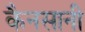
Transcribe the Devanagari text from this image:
कैनसानी